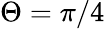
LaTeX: \Theta=\pi/4